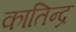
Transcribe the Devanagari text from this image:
कातिन्द्र